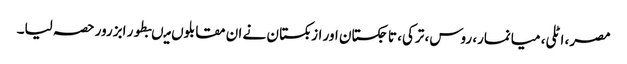
مصر، اٹلی، میانمار، روس، ترکی، تاجکستان اور ازبکستان نے ان مقابلوں میںبطور ابزرور حصہ لیا۔